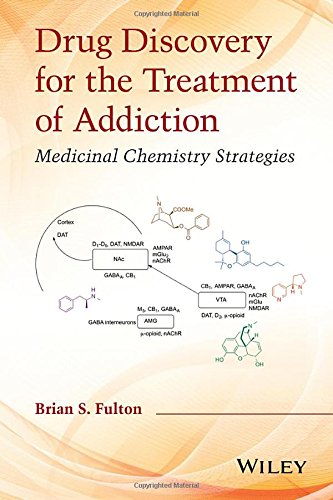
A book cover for Drug Discovery for the Treatment of Addiction: Medicinal Chemistry Strategies; Brian S. Fulton; Medical Books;